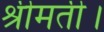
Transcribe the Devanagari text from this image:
श्रीमती।